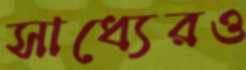
সাধ্যেরও